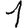
Digit: 1